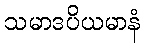
သမာဒပိယမာနံ